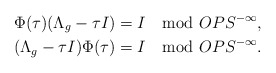
\begin{align*} & \Phi(\tau)(\Lambda_g - \tau I) = I \mod OPS^{-\infty}, \\ & (\Lambda_g - \tau I)\Phi(\tau) = I \mod OPS^{-\infty}.\end{align*}